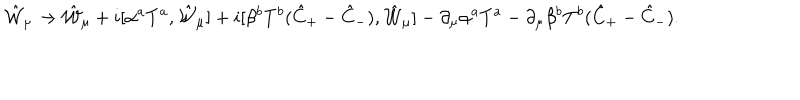
\hat { \cal W } _ { \mu } \to \hat { \cal W } _ { \mu } + i [ \alpha ^ { a } T ^ { a } , \hat { \cal W } _ { \mu } ] + i [ \beta ^ { b } T ^ { b } ( \hat { C } _ { + } - \hat { C } _ { - } ) , \hat { \cal W } _ { \mu } ] - \partial _ { \mu } \alpha ^ { a } T ^ { a } - \partial _ { \mu } \beta ^ { b } T ^ { b } ( \hat { C } _ { + } - \hat { C } _ { - } ) .